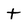
Character: t